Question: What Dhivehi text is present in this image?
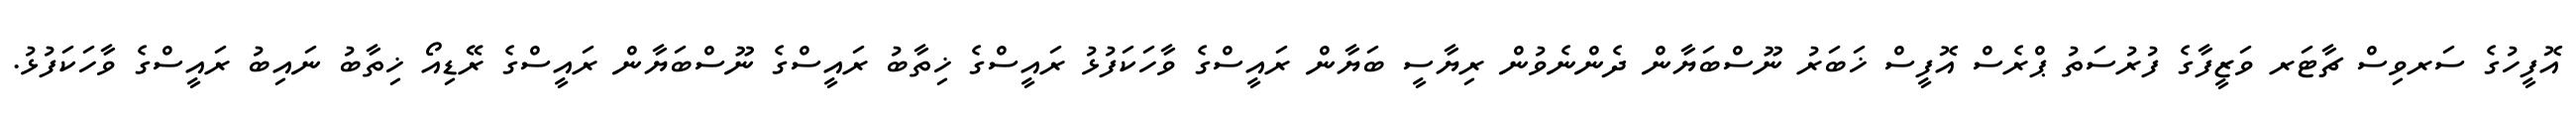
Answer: އޮފީހުގެ ސަރވިސް ޗާޓަރ ވަޒީފާގެ ފުރުސަތު ޕްރެސް އޮފީސް ޚަބަރު ނޫސްބަޔާން ދެންނެވުން ރިޔާސީ ބަޔާން ރައީސްގެ ވާހަކަފުޅު ރައީސްގެ ޚިތާބު ރައީސްގެ ނޫސްބަޔާން ރައީސްގެ ރޭޑިއޯ ޚިތާބު ނައިބު ރައީސްގެ ވާހަކަފުޅު.